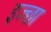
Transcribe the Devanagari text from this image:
इज्छा